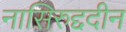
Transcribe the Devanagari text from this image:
नासिरुद्ददीन